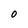
Character: O